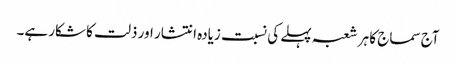
آج سماج کا ہر شعبہ پہلے کی نسبت زیادہ انتشار اور ذلت کا شکار ہے۔